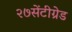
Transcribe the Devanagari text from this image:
२७सेंटीग्रेड